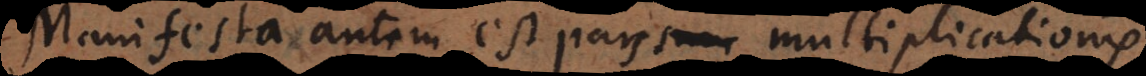
Manifesta autem est pars multiplicationis